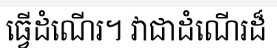
ធ្វើដំណើរ។ វាជាដំណើរដ៏